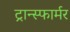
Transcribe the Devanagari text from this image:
ट्रान्स्फार्मर